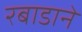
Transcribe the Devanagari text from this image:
रबाडाने